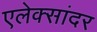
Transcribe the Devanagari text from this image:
एलेक्सांदर